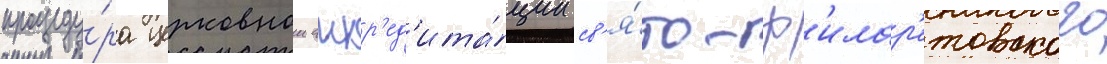
процеду́ра церковнои аккр'ед'ита́ции св'я́то-ф'илар'етовского